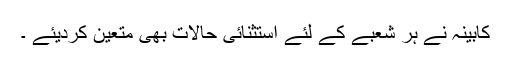
کابینہ نے ہر شعبے کے لئے استثنائی حالات بھی متعین کردیئے ۔